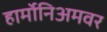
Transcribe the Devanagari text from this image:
हार्मोनिअमवर